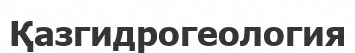
Қазгидрогеология